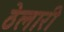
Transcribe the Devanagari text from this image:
ठेलारी